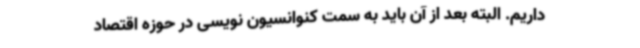
داریم. البته بعد از آن باید به سمت کنوانسیون نویسی در حوزه اقتصاد